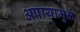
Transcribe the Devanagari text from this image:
अपायामुळे